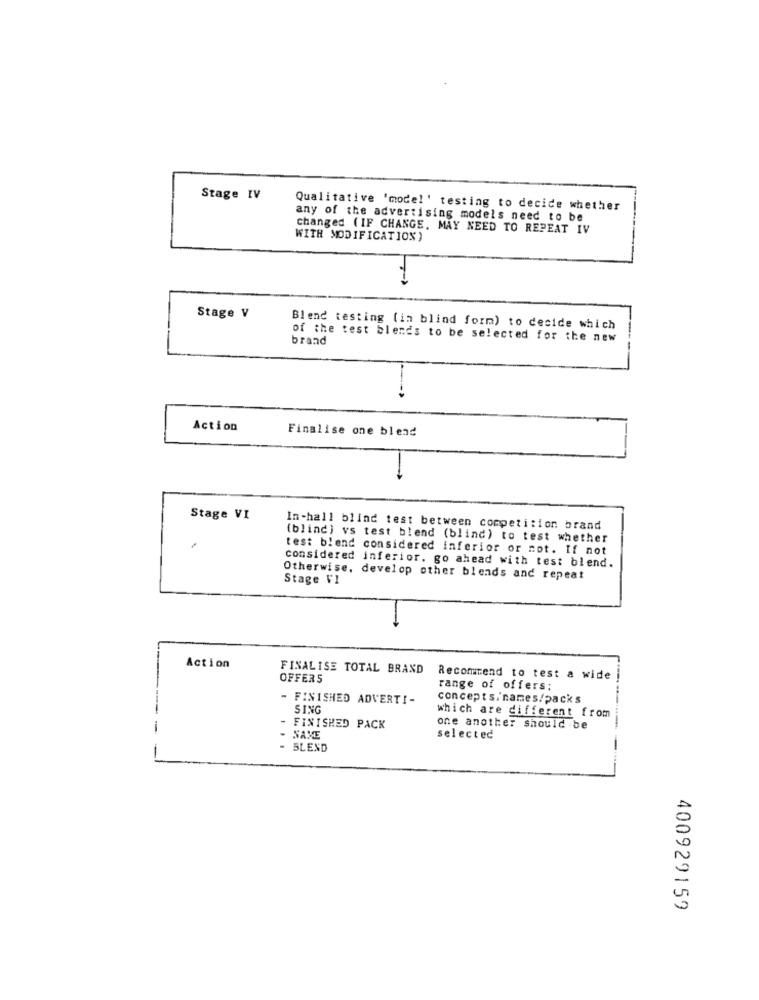
Stage IV
Qualitative 'model' testing to decide whether
any of the advertising models need to be
changed (IF CHANGE. MAY NEED TO REPEAT IV
WITH MODIFICATION)
Stage V
Blend testing (in blind form) to decide which
of the test blends to be selected for the new
brand
Action
Finalise one blend
Stage VI
In-hall blind test between competition brand
(blind) vs test blend (blind) to test whether
test blend considered inferior or not. If not
considered inferior. go ahead with test blend.
Otherwise, develop other blends and repeat
Stage V1
Action
FINALISE TOTAL BRAND
OFFERS
Recommend to test a wide
range of offers;
- FINISHED ADVERTI-
concepts.'names/packs
SING
which are different from
- FINISHED PACK
one another should be
SAME
selected
BLEND
-
400929159